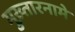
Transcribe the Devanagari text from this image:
मुख़्तारनामे